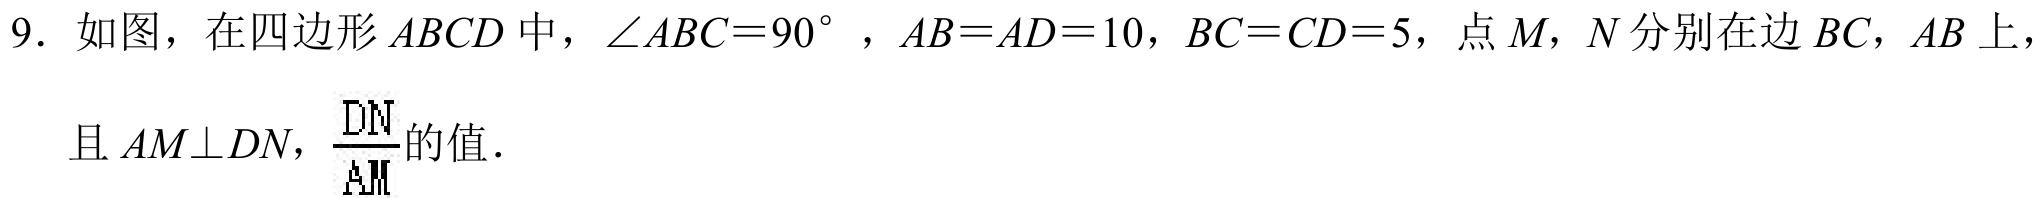
9. 如图，在四边形\(ABCD\)中，\(\angle ABC = 90^{\circ}\)，\(AB = AD = 10\)，\(BC = CD = 5\)，点\(M\)，\(N\)分别在边\(BC\)，\(AB\)上，
且\(AM\perp DN\)，求\(\frac{DN}{AM}\)的值．